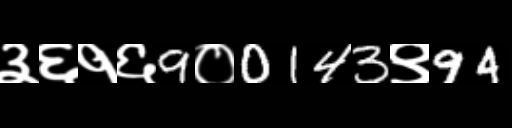
Text: ३६१६9०0143९94